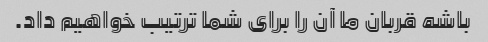
باشه قربان ما آن را برای شما ترتیب خواهیم داد.